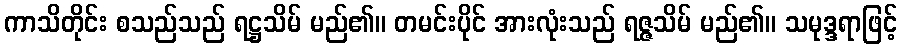
ကာသိတိုင်း စသည်သည် ရဋ္ဌသိမ် မည်၏။ တမင်းပိုင် အားလုံးသည် ရဇ္ဇသိမ် မည်၏။ သမုဒ္ဒရာဖြင့်